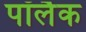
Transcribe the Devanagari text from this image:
पॉलैक